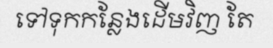
ទៅទុកកន្លែងដើមវិញ តែ